Vaccination in Bombay 1863-1868 - 1863-1868
Year: 1863
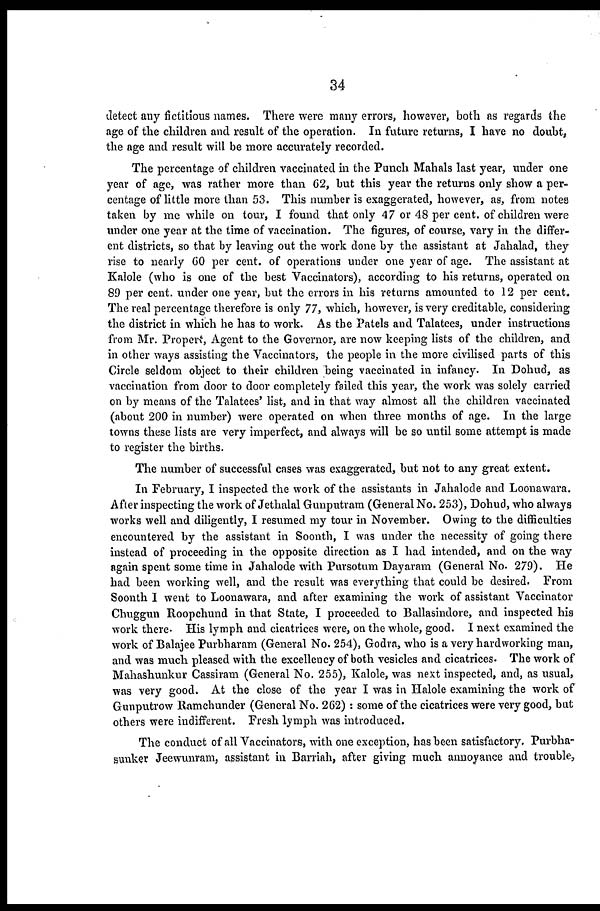
34
detect any fictitious names. There were many errors, however, both as regards the
age of the children and result of the operation. In future returns, I have no doubt,
the age and result will be more accurately recorded.
The percentage of children vaccinated in the Punch Mahals last year, under one
year of age, was rather more than 62, but this year the returns only show a per-
centage of little more than 53. This number is exaggerated, however, as, from notes
taken by me while on tour, I found that only 47 or 48 per cent. of children were
under one year at the time of vaccination. The figures, of course, vary in the differ-
ent districts, so that by leaving out the work done by the assistant at Jahalad, they
rise to nearly 60 per cent. of operations under one year of age. The assistant at
Kalole (who is one of the best Vaccinators), according to his returns, operated on
89 per cent. under one year, but the errors in his returns amounted to 12 per cent.
The real percentage therefore is only 77, which, however, is very creditable, considering
the district in which he has to work. As the Patels and Talatees, under instructions
from Mr. Propert, Agent to the Governor, are now keeping lists of the children, and
in other ways assisting the Vaccinators, the people in the more civilised parts of this
Circle seldom object to their children being vaccinated in infancy. In Dohud, as
vaccination from door to door completely failed this year, the work was solely carried
on by means of the Talatees' list, and in that way almost all the children vaccinated
(about 200 in number) were operated on when three months of age. In the large
towns these lists are very imperfect, and always will be so until some attempt is made
to register the births.
The number of successful cases was exaggerated, but not to any great extent.
In February, I inspected the work of the assistants in Jahalode and Loonawara.
After inspecting the work of Jethalal Gunputram (General No. 253), Dohud, who always
works well and diligently, I resumed my tour in November. Owing to the difficulties
encountered by the assistant in Soonth, I was under the necessity of going there
instead of proceeding in the opposite direction as I had intended, and on the way
again spent some time in Jahalode with Pursotum Dayaram (General No. 279). He
had been working well, and the result was everything that could be desired. From
Soonth I went to Loonawara, and after examining the work of assistant Vaccinator
Chuggun Roopchund in that State, I proceeded to Ballasindore, and inspected his
work there. His lymph and cicatrices were, on the whole, good. I next examined the
work of Balajee Purbharam (General No. 254), Godra, who is a very hardworking man,
and was much pleased with the excellency of both vesicles and cicatrices. The work of
Mahashunkur Cassiram (General No. 255), Kalole, was next inspected, and, as usual,
was very good. At the close of the year I was in Halole examining the work of
Gunputrow Ramchunder (General No. 262) : some of the cicatrices were very good, but
others were indifferent. Fresh lymph was introduced.
The conduct of all Vaccinators, with one exception, has been satisfactory. Purbha
sunker Jeewunram, assistant in Barriah, after giving much annoyance and trouble,